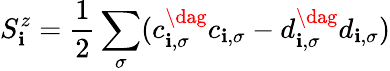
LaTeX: S_{\mathbf{i}}^{z}=\frac{{1}}{{2}}\sum_{\sigma}(c_{\mathbf{i},\sigma}^{\dag}c_{\mathbf{i},\sigma}-d_{\mathbf{i},\sigma}^{\dag}d_{\mathbf{i},\sigma})